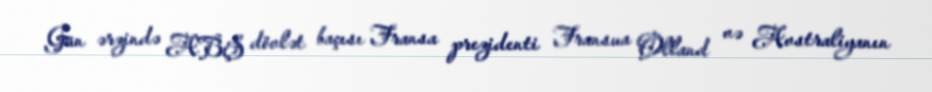
Gün ərzində ABŞ dövlət baçısı Fransa prezidenti Fransua Olland və Avstraliyanın